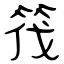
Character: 筏